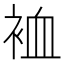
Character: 裇